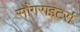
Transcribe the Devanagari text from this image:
सौंगराइटर्स